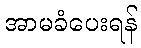
အာမခံပေးရန်